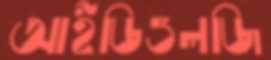
আইডিওলজি